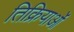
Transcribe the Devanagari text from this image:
तिक्रियाओं